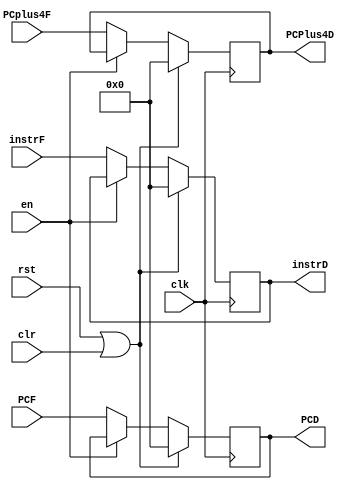
`timescale 1ns/1ps

module RegIF_ID(instrF, PCF, PCplus4F, clk, rst,clr, en,instrD,PCD,PCPlus4D);
    input [31:0] instrF, PCF, PCplus4F;
    input clk,rst,en,clr;
    output reg [31:0] instrD,PCD,PCPlus4D;
    
    reg[31:0] inst, pc, pclus4;
    
    always@ (posedge clk) begin
        if(rst | clr) begin
                instrD <= 32'b0;
                PCD <= 32'b0;
                PCPlus4D <= 32'b0;
            end
        else if(en == 1'b0) begin
                instrD <= instrF;
                PCD <= PCF;
                PCPlus4D <= PCplus4F;
            end
        else
            begin
                instrD <= inst;
                PCD <= pc;
                PCPlus4D <= pclus4;
            end
    end
    
    always@(*) begin
        inst = instrD;
        pc = PCD;
        pclus4 = PCPlus4D; 
    end
    
endmodule